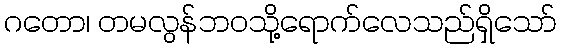
ဂတော၊ တမလွန်ဘဝသို့ရောက်လေသည်ရှိသော်